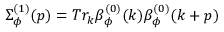
\Sigma _ { \phi } ^ { ( 1 ) } ( p ) = T r _ { k } \beta _ { \phi } ^ { ( 0 ) } ( k ) \beta _ { \phi } ^ { ( 0 ) } ( k + p )